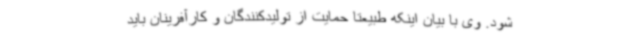
شود. وی با بیان اینکه طبیعتا حمایت از تولیدکنندگان و کارآفرینان باید